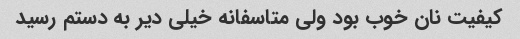
کیفیت نان خوب بود ولی متاسفانه خیلی دیر به دستم رسید